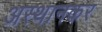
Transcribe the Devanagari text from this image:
अस्थानकर